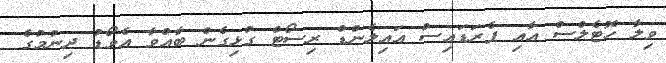
ވިލާ ހޮޓެލްސް އާއި ޕެރަޑައިސް އައިލެންޑް ރިސޯޓް ގުޅިގެން ބާއްވާ އެވޯޑު ދިނުމުގެ